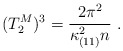
\begin{align*}(T_2^M)^3 = {2\pi^2 \over \kappa_{(11)}^2 n }\ .\end{align*}